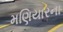
મણિયારના